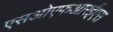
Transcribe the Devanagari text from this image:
एसओएफआरईएस